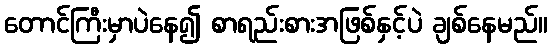
တောင်ကြီးမှာပဲနေ၍ စာရည်းစားအဖြစ်နှင့်ပဲ ချစ်နေမည်။